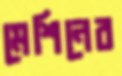
মেশিনের